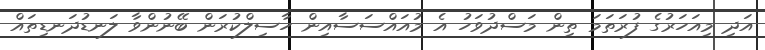
އަދި މިއަހަރުގެ ފުރަތަމަ ތިން މަސްދުވަހު އެ މުއައްސަސާއިން ހާސިލްކުރަން ބޭނުންވާ ލަނޑުދަނޑިތައް